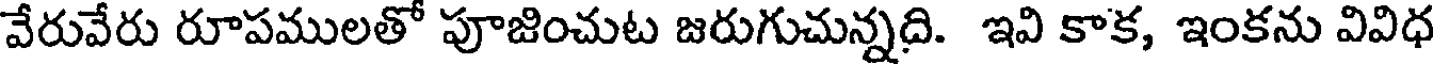
వేరువేరు రూపములతో పూజించుట జరుగుచున్నది. ఇవి కాక, ఇంకను వివిధ